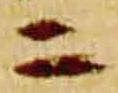
ニ